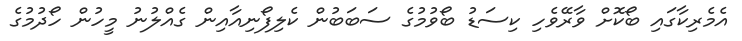
އެމެރިކާގައި ބޯކޮށް ވާރޭވެހި ކިސަޑު ބޯވުމުގެ ސަބަބުން ކެލިފޯނިއާއިން ގެއްލުނު މީހުން ހޯދުމުގެ